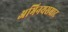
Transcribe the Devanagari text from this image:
अभिनयसम्राट